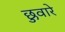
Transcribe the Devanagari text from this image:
छुवारे